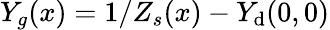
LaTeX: Y_{g}(x)=1/Z_{s}(x)-{Y}_{\mathrm{d}}(0,0)